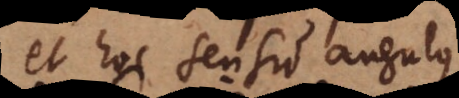
et hoc sensu angulus